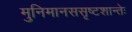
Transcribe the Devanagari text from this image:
मुनिमानससृष्टशान्तेः